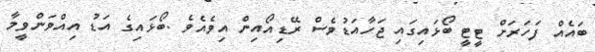
ބައެއް ފަހަރަށް ޓީޓީ ބޯޅައިގައި ޖަހާއަޑުވެސް ރޭޑިއޯއިން އިވެއެވެ .ބޯޅައިގެ އަޑު އިއްވަންވީމާ